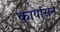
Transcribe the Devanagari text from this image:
कार्यासन